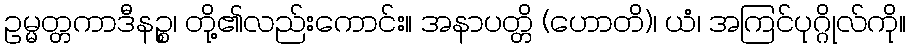
ဥမ္မတ္တကာဒီနဉ္စ၊ တို့၏လည်းကောင်း။ အနာပတ္တိ (ဟောတိ)၊ ယံ၊ အကြင်ပုဂ္ဂိုလ်ကို။